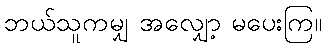
ဘယ်သူကမျှ အလျှော့ မပေးကြ။